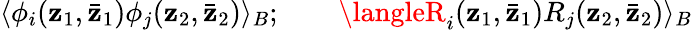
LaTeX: \langle\phi_{i}(\mathbf{z}_{1},\bar{{\mathbf{z}}}_{1})\phi_{j}(\mathbf{z}_{2},\bar{{\mathbf{z}}}_{2})\rangle_{B};\qquad\langleR_{i}(\mathbf{z}_{1},\bar{{\mathbf{z}}}_{1})R_{j}(\mathbf{z}_{2},\bar{{\mathbf{z}}}_{2})\rangle_{B}